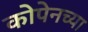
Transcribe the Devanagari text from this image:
कोपेनच्या